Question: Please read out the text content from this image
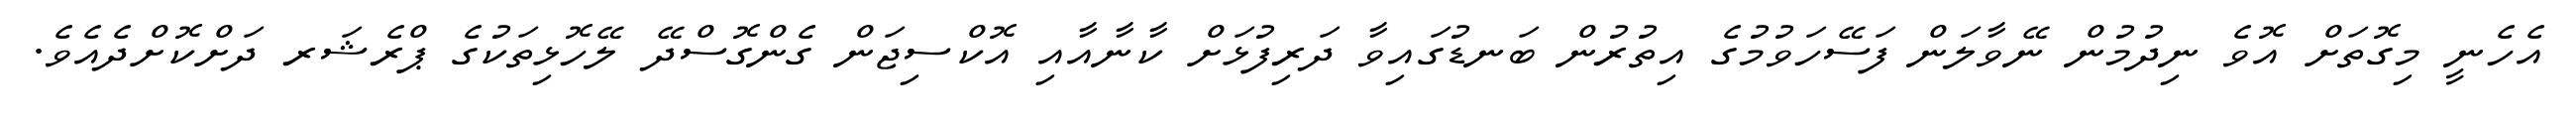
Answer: އެހެނީ މިގޮތަށް އޮވެ ނިދުމުން ނޭވާލަން ފަސޭހަވުމުގެ އިތުރުން ބަނޑުގައިވާ ދަރިފުޅަށް ކާނާއާއި އޮކްސިޖަން ގެންގޮސްދޭ ލޭހޮޅިތަކުގެ ޕްރެޝަރ ދަށްކޮށްދެއެވެ.